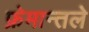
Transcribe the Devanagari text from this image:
फ्रेमान्तले